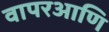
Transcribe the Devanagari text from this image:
वापरआणि